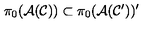
\pi _ { 0 } ( { \cal A } ( { \cal C } ) ) \subset \pi _ { 0 } ( { \cal A } ( { \cal C } ^ { \prime } ) ) ^ { \prime }